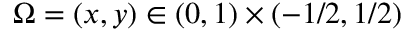
\Omega = ( x , y ) \in ( 0 , 1 ) \times ( - 1 / 2 , 1 / 2 )